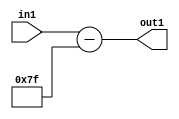
`timescale 1ps / 1ps
/*****************************************************************************
    Verilog RTL Description
    
    
    Created by: CellMath Designer 2019.1.01 
*******************************************************************************/

module float2fix_Subi127u8_1 (
	in1,
	out1
	); /* architecture "behavioural" */ 
input [7:0] in1;
output [7:0] out1;
wire [7:0] asc001;

assign asc001 = 
	+(in1)
	-(8'B01111111);

assign out1 = asc001;
endmodule

/* CADENCE  urn1Tgo= : u9/ySgnWtBlWxVPRXgAZ4Og= ** DO NOT EDIT THIS LINE ******/